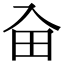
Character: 𠓦